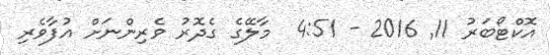
އޮކްޓޯބަރު 11